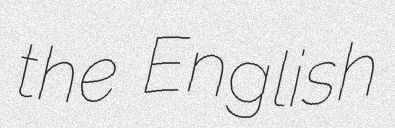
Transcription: the English